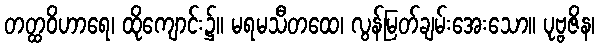
တတ္ထဝိဟာရေ၊ ထိုကျောင်း၌။ မရမသီတထေ၊ လွန်မြတ်ချမ်းအေးသော။ ပုဗ္ဗဇိန၊